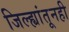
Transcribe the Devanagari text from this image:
जिल्ह्यांतूनही